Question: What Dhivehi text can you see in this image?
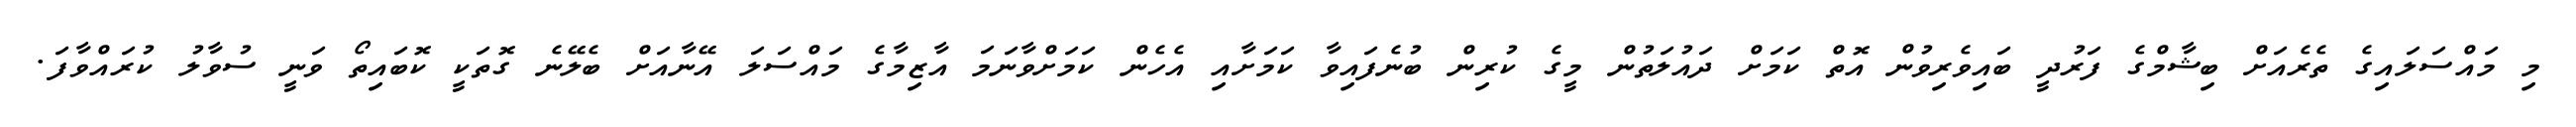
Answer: މި މައްސަލައިގެ ތެރެއަށް ބިޝާމްގެ ފަރުދީ ބައިވެރިވުން އޮތް ކަމަށް ދައުލަތުން މީގެ ކުރިން ބުނެފައިވާ ކަމަށާއި އެހެން ކަމަށްވާނަމަ އާޒިމާގެ މައްސަލަ އޭނާއަށް ބެލޭނެ ގޮތަކީ ކޮބައިތޯ ވަނީ ސުވާލު ކުރައްވާފަ.